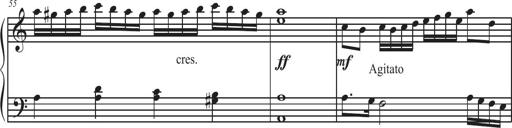
Title: Sonatina Espania
Composer: Jerald Franklin Archer
Key: Various